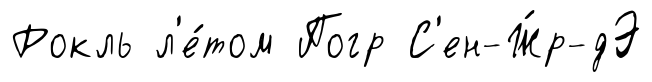
Рокль л'е́том Погр С'ен-Ж́р-дЭ